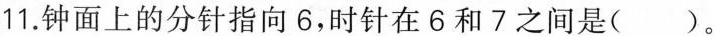
11.钟面上的分针指向6，时针在6和7之间是( )。